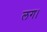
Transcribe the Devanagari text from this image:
लग।